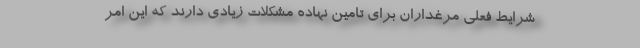
شرایط فعلی مرغداران برای تامین نهاده مشکلات زیادی دارند که این امر